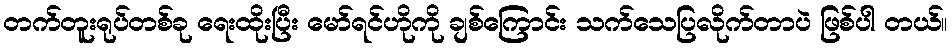
တက်တူးရုပ်တစ်ခု ရေးထိုးပြီး မော်ရင်ဟိုကို ချစ်ကြောင်း သက်သေပြလိုက်တာပဲ ဖြစ်ပါ တယ်။